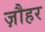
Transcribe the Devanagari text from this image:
ज़ौहर